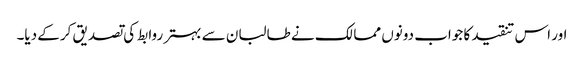
اور اس تنقید کا جواب دونوں ممالک نے طالبان سے بہتر روابط کی تصدیق کرکے دیا۔